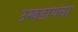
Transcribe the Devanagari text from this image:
उखडायचा